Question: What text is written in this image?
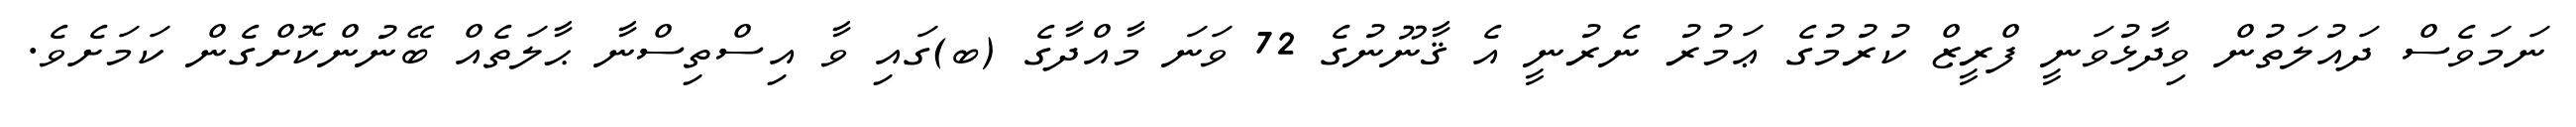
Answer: ނަމަވެސް ދައުލަތުން ވިދާޅުވަނީ ފްރީޒް ކުރުމުގެ ޢަމުރު ނެރުނީ އެ ޤާނޫނުގެ 72 ވަނަ މާއްދާގެ (ބ)ގައި ވާ އިސްތިސްނާ ޙާލަތެއް ބޭނުންކޮށްގެން ކަމަށެވެ.